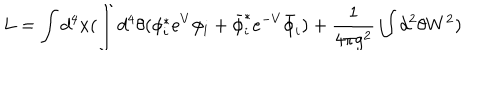
L = \int d ^ { 4 } x ( \int d ^ { 4 } \theta ( \phi _ { i } ^ { * } e ^ { V } \phi _ { i } + \bar { \phi } _ { i } ^ { * } e ^ { - V } \bar { \phi } _ { i } ) + { \frac { 1 } { 4 \pi g ^ { 2 } } } \int d ^ { 2 } \theta W ^ { 2 } )